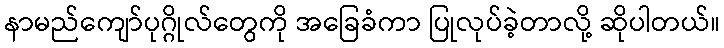
နာမည်ကျော်ပုဂ္ဂိုလ်တွေကို အခြေခံကာ ပြုလုပ်ခဲ့တာလို့ ဆိုပါတယ်။